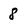
Character: 8